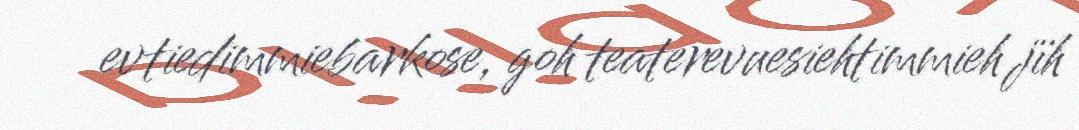
evtiedimmiebarkose, goh teaterevuesiehtimmieh jïh